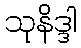
သုနိဒ္ဒါ